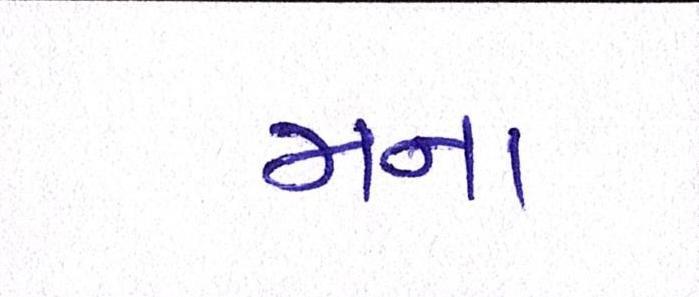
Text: મના